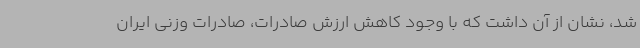
شد، نشان از آن داشت که با وجود کاهش ارزش صادرات، صادرات وزنی ایران